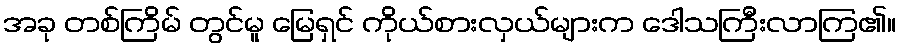
အခု တစ်ကြိမ် တွင်မူ မြေရှင် ကိုယ်စားလှယ်များက ဒေါသကြီးလာကြ၏။